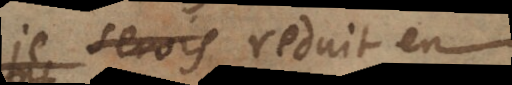
je seray reduit en